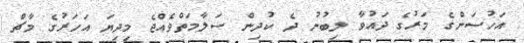
އަހުސަންގެ މަރުގެ ދައުވާ ލިބުނު ދެ ކުދިން ސަލާމަތްވެއްޖެ މިދިޔަ އަހަރުގެ މާޗް